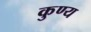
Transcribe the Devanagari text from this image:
कुण्य